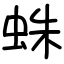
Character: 蛛